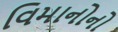
વિમાનોનો